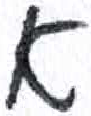
אות: א